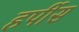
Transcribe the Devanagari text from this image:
हर्पीस